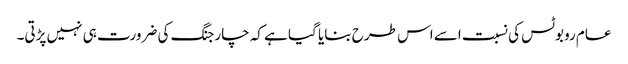
عام روبوٹس کی نسبت اسے اس طرح بنایا گیا ہے کہ چارجنگ کی ضرورت ہی نہیں پڑتی۔